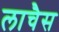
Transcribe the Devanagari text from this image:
लाचैस